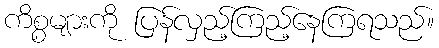
ကိစ္စများကို ပြန်လှည့်ကြည့်နေကြရသည်။